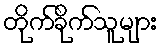
တိုက်ခိုက်သူများ